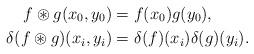
LaTeX: \begin{align*}f\circledast g(x_0, y_0)&=f(x_0)g(y_0),\\\delta(f\circledast g)(x_i, y_i)&=\delta(f)(x_i)\delta(g)(y_i).\end{align*}